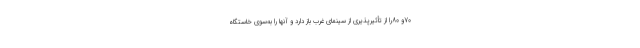
70و 80را از تأثیرپذیری از سینمای غرب باز دارد و آنها را به‌سوی خاستگاه